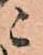
ニ